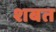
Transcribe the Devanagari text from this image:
शबत